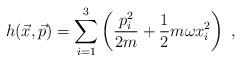
LaTeX: \begin{align*} h(\vec x,\vec p) = \sum_{i=1}^3\left(\dfrac{p_i^2}{2m}+\dfrac{1}{2}m\omega x_i^2\right) \ ,\end{align*}